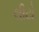
લીટો